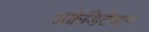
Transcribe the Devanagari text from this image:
अक्रेडिटेशन